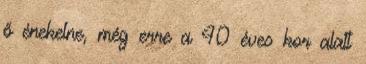
ő énekelne, még erre a 40 éves kor alatt